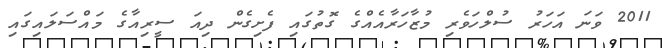
2011 ވަނަ އަހަރު ސުލްހަވެރި މުޒާހަރާއެއްގެ ގޮތުގައި ފެށިގެން ދިއަ ސީރިއާގެ މައްސަލައިގައި